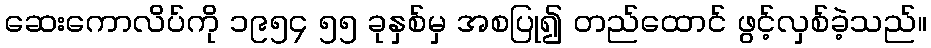
ဆေးကောလိပ်ကို ၁၉၅၄ ၅၅ ခုနှစ်မှ အစပြု၍ တည်ထောင် ဖွင့်လှစ်ခဲ့သည်။